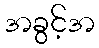
အခွင့်အ